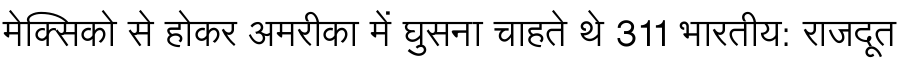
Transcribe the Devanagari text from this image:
मेक्सिको से होकर अमरीका में घुसना चाहते थे 311 भारतीय: राजदूत